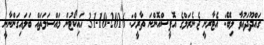
ގައްދޫދައުވާ ލިބޭ: އެޓާރނީ ޖެނެރަލްގެ އޮފީސްއޮންނަ ތާރީޚް: 2016-10-31 ހައިކޯޓުން މައްސަލަތައް ބަލައިގަންނާނީ